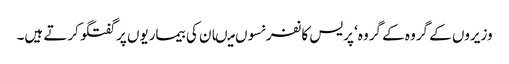
وزیروں کے گروہ کے گروہ‘ پریس کانفرنسوں میںان کی بیماریوں پر گفتگو کرتے ہیں۔